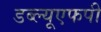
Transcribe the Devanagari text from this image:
डब्ल्यूएफपी